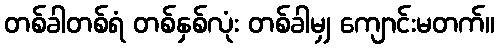
တစ်ခါတစ်ရံ တစ်နှစ်လုံး တစ်ခါမျှ ကျောင်းမတက်။